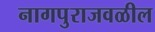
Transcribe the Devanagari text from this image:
नागपुराजवळील